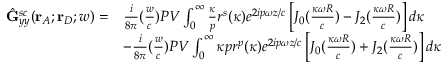
\begin{array} { r l } { \hat { \mathbf { G } } _ { y y } ^ { s c } ( \mathbf { r } _ { A } ; \mathbf { r } _ { D } ; w ) = } & { \frac { i } { 8 { \pi } } ( \frac { w } { c } ) P V \int _ { 0 } ^ { \infty } \frac { \kappa } { p } r ^ { s } ( \kappa ) e ^ { 2 i p { \omega } z / c } \left[ J _ { 0 } ( \frac { \kappa \omega { R } } { c } ) - J _ { 2 } ( \frac { \kappa \omega { R } } { c } ) \right] d { \kappa } } \\ & { - \frac { i } { 8 { \pi } } ( \frac { w } { c } ) P V \int _ { 0 } ^ { \infty } { \kappa } { p } r ^ { p } ( \kappa ) e ^ { 2 i p { \omega } z / c } \left[ J _ { 0 } ( \frac { \kappa \omega { R } } { c } ) + J _ { 2 } ( \frac { \kappa \omega { R } } { c } ) \right] d { \kappa } } \end{array}